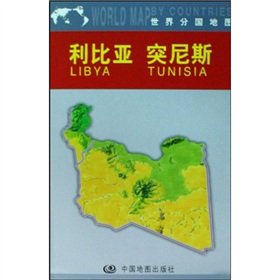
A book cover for sub-national map of the world: Libya and Tunisia; ZHOU MIN; Travel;